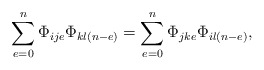
\begin{align*}\sum_{e=0}^{n}\Phi_{ije}\Phi_{kl(n-e)}=\sum_{e=0}^{n}\Phi_{jke}\Phi_{il(n-e)},\end{align*}